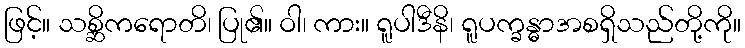
ဖြင့်။ သစ္ဆိကရောတိ၊ ပြု၏။ ဝါ၊ ကား။ ရူပါဒီနိ၊ ရူပက္ခန္ဓာအစရှိသည်တို့ကို။